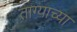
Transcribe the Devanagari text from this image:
ताग्याच्या